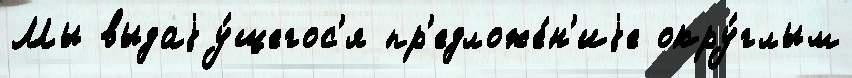
Мы выдаjу́щегос'я пр'едложе́н'иjе окру́глым